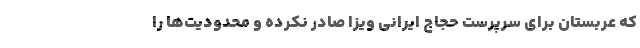
که عربستان برای سرپرست حجاج ایرانی ویزا صادر نکرده و محدودیت‌ها را